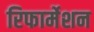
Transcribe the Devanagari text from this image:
रिफार्मेशन